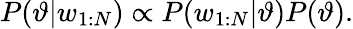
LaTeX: P(\vartheta|w_{1:N})\propto P(w_{1:N}|\vartheta)P(\vartheta).